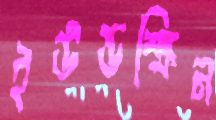
ইউন্ডস্ক্রিন